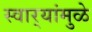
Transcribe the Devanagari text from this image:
स्वार्‍यांमुळे